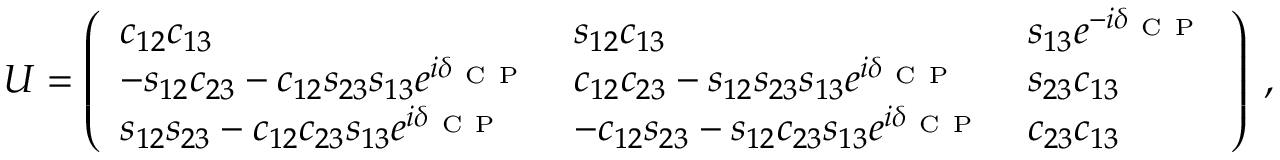
U = \left( \begin{array} { l l l } { c _ { 1 2 } c _ { 1 3 } } & { s _ { 1 2 } c _ { 1 3 } } & { s _ { 1 3 } e ^ { - i \delta _ { \mathrm { ~ C ~ P ~ } } } } \\ { - s _ { 1 2 } c _ { 2 3 } - c _ { 1 2 } s _ { 2 3 } s _ { 1 3 } e ^ { i \delta _ { \mathrm { ~ C ~ P ~ } } } } & { c _ { 1 2 } c _ { 2 3 } - s _ { 1 2 } s _ { 2 3 } s _ { 1 3 } e ^ { i \delta _ { \mathrm { ~ C ~ P ~ } } } } & { s _ { 2 3 } c _ { 1 3 } } \\ { s _ { 1 2 } s _ { 2 3 } - c _ { 1 2 } c _ { 2 3 } s _ { 1 3 } e ^ { i \delta _ { \mathrm { ~ C ~ P ~ } } } } & { - c _ { 1 2 } s _ { 2 3 } - s _ { 1 2 } c _ { 2 3 } s _ { 1 3 } e ^ { i \delta _ { \mathrm { ~ C ~ P ~ } } } } & { c _ { 2 3 } c _ { 1 3 } } \end{array} \right) \; ,